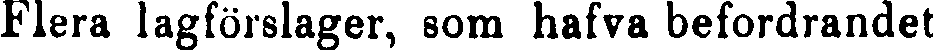
Flera lagförslager, som hafva befordrandet